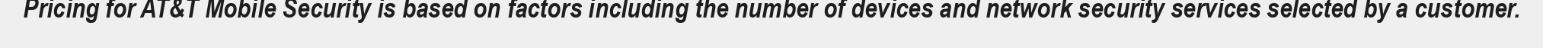
Pricing for AT&T Mobile Security is based on factors including the number of devices and network security services selected by a customer.